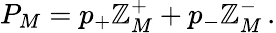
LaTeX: P_{M}=p_{+}\mathbb{Z}_{M}^{+}+p_{-}\mathbb{Z}_{M}^{-}\, .